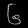
Digit: ၆